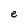
Character: e